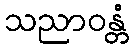
သညာဝန္တံ